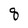
Character: q